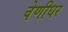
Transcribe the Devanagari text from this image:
वेणीधर